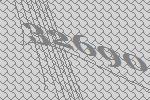
32690